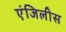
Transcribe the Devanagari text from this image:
एंजिलीस